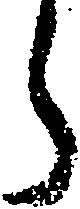
ら